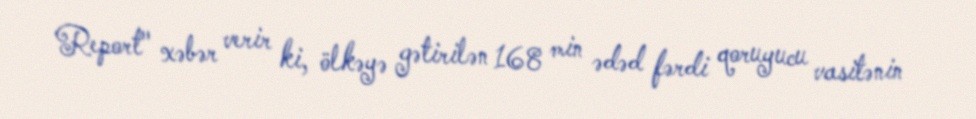
Report" xəbər verir ki, ölkəyə gətirilən 168 min ədəd fərdi qoruyucu vasitənin